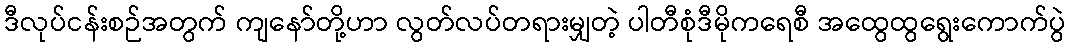
ဒီလုပ်ငန်းစဉ်အတွက် ကျနော်တို့ဟာ လွတ်လပ်တရားမျှတဲ့ ပါတီစုံဒီမိုကရေစီ အထွေထွရွေးကောက်ပွဲ